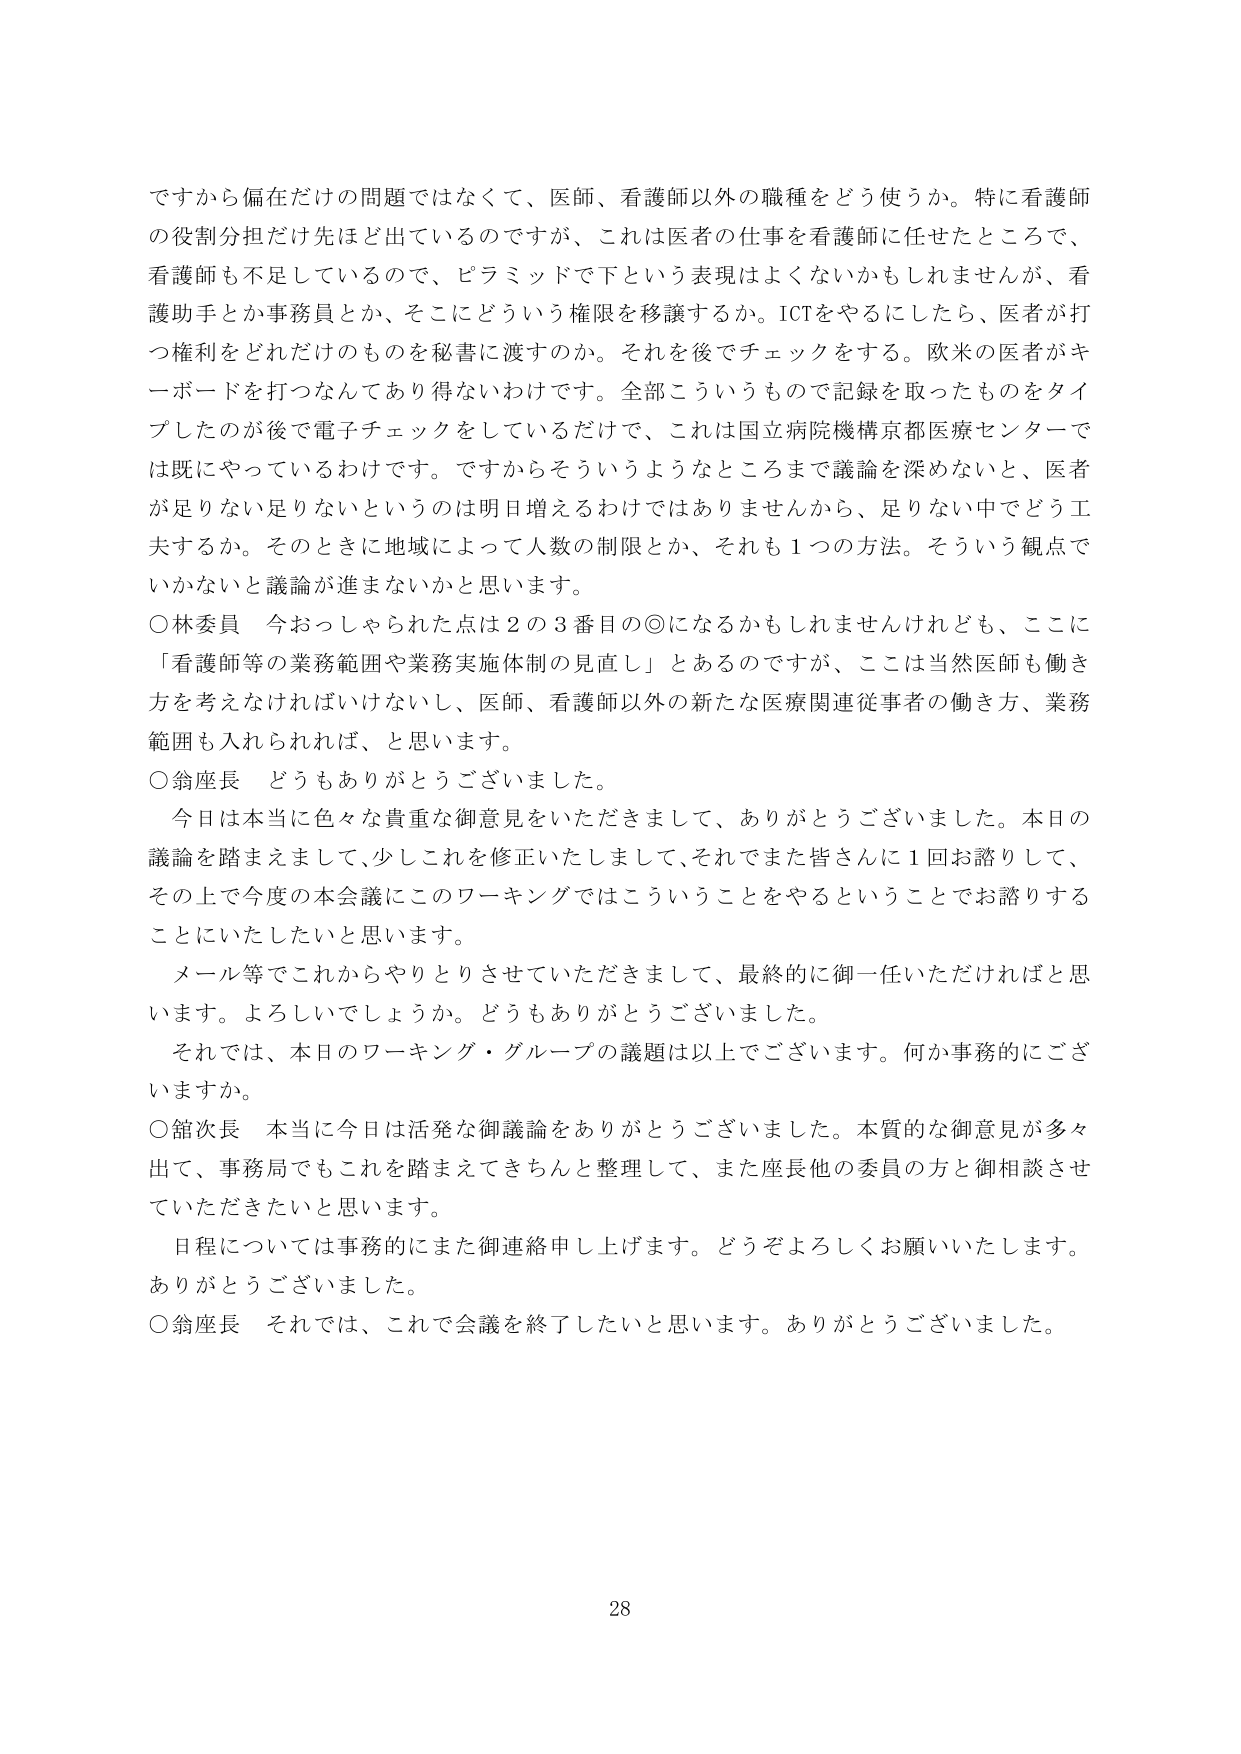
ですから偏在だけの問題ではなくて、医師、看護師以外の職種をどう使うか。特に看護師の役割分担だけ先ほど出ているのですが、これは医者の仕事を看護師に任せたところで、看護師も不足しているので、ピラミッドで下という表現はよくないかもしれませんが、看護助手とか事務員とか、そこにどういう権限を移譲するか。ICTをやるにしたら、医者が打つ権利をどれだけのものを秘書に渡すのか。それを後でチェックをする。欧米の医者がキーボードを打つなんてあり得ないわけです。全部こういうもので記録を取ったものをタイプしたのが後で電子チェックをしているだけで、これは国立病院機構京都医療センターでは既にやっているわけです。ですからそういうようなところまで議論を深めないと、医者が足りない足りないというのは明日増えるわけではありませんから、足りない中でどう工夫するか。そのときに地域によって人数の制限とか、それも１つの方法。そういう観点でいかないと議論が進まないかと思います。

○林委員　今おっしゃられた点は２の３番目の◎になるかもしれませんが、ここに「看護師等の業務範囲や業務実施体制の見直し」とあるのですが、ここは当然医師も働き方を考えなければならないし、医師、看護師以外の新たな医療関連従事者の働き方、業務範囲も入れられれば、と思います。

○翁座長　どうもありがとうございました。

　今日は本当に色々な貴重な御意見をいただきまして、ありがとうございました。本日の議論を踏まえまして、少しこれを修正いたしまして、それであた皆さんに１回お諮りして、その上で今度の本会議にこのワーキングではこういうことをやるということでお諮りすることにいたしたいと思います。

　メール等でこれからやりとりさせていただきまして、最終的に御一任いただければと思います。よろしいでしょうか。どうもありがとうございました。

　それでは、本日のワーキング・グループの議題は以上でございます。何か事務的にございますか。

○館次長　本当に今日は活発な御議論をありがとうございました。本質的な御意見が多々出て、事務局でもこれを踏まえてきちんと整理して、また座長他の委員の方と御相談させていただきたいと思います。

　日程については事務的にまた御連絡申し上げます。どうぞよろしくお願いいたします。ありがとうございました。

○翁座長　それでは、これで会議を終了したいと思います。ありがとうございました。

28